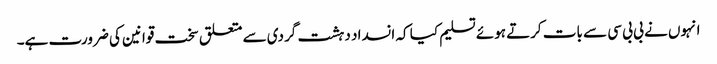
انہوں نے بی بی سی سے بات کرتے ہوئے تسلیم کیا کہ انسداد دہشت گردی سے متعلق سخت قوانین کی ضرورت ہے۔